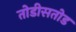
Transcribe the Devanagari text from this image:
तोडीसतोड